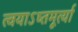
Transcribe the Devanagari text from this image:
त्वयाऽष्तमूर्त्या